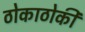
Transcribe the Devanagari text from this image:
ठोकाठोकी